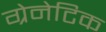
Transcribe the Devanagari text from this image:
ग्रेनेटिक